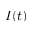
I ( t )